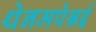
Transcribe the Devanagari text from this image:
थेनमपेन्नई